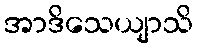
အာဒိသေယျာသိ